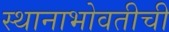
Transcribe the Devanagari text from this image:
स्थानाभोवतीची